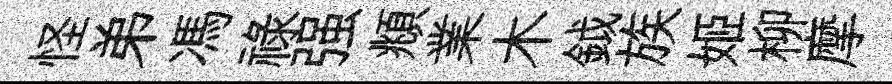
怪弟馮禄强頫業木鉞族姬柳摩